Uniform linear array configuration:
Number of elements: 8
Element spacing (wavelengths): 0.25
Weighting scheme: hamming
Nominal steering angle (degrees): -45
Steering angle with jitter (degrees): -43.34
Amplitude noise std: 0.05
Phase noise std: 0.05

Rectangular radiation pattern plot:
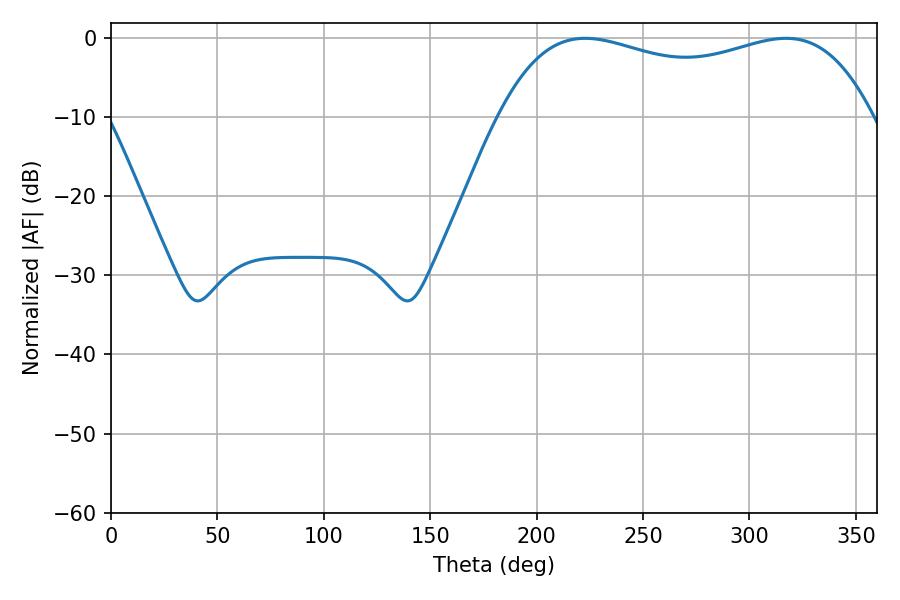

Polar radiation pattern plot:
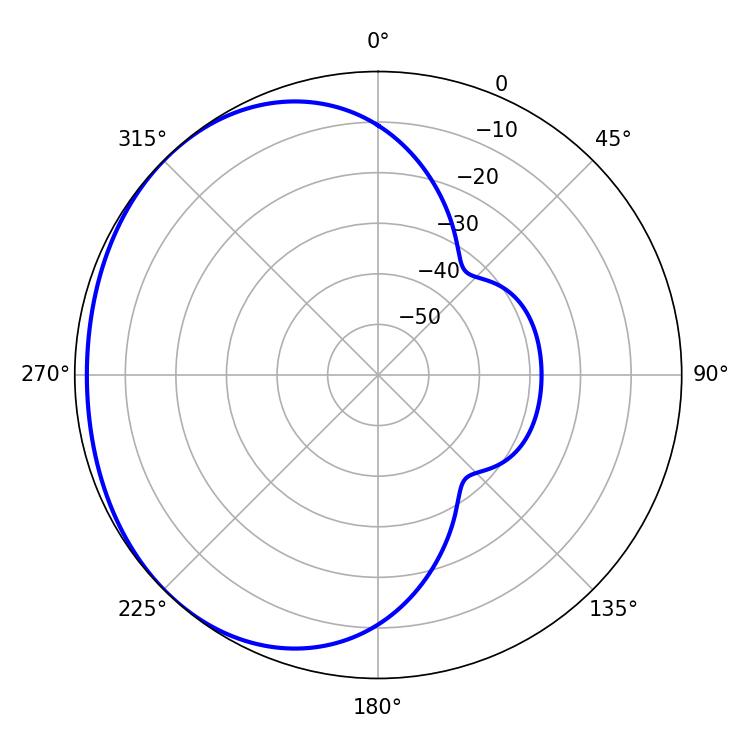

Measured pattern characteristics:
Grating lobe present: FALSE
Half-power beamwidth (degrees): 142.92
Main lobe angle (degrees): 222.84